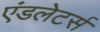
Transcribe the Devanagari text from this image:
एंडलेटर्स